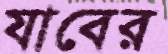
যাবের